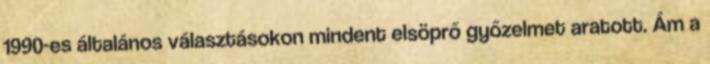
1990-es általános választásokon mindent elsöprő győzelmet aratott. Ám a